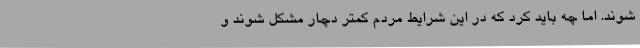
شوند. اما چه باید کرد که در این شرایط مردم کمتر دچار مشکل شوند و